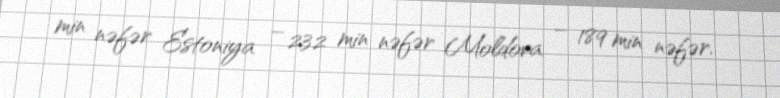
min nəfər Estoniya – 232 min nəfər Moldova – 189 min nəfər.